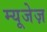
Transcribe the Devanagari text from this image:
म्यूजेज़